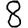
Digit: 8